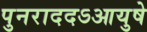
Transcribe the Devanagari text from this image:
पुनराददऽआयुषे